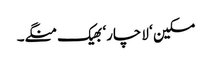
مسکین ‘ لاچار‘ بھیک منگے۔